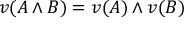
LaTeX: v ( A \land B ) = v ( A ) \land v ( B )